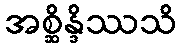
အစ္ဆိန္ဒိဿသိ